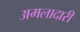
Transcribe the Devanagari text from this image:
अमलादारी